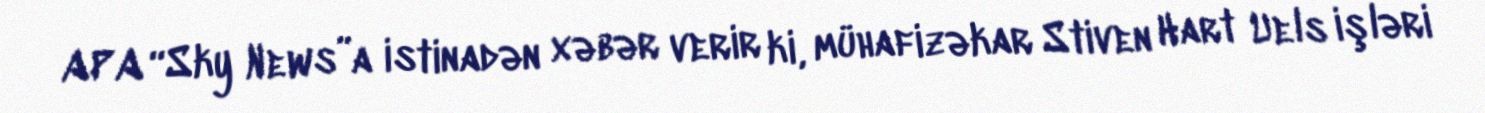
APA “Sky News”a istinadən xəbər verir ki, mühafizəkar Stiven Hart Uels işləri